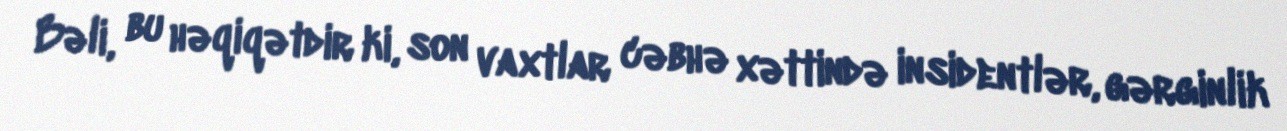
Bəli, bu həqiqətdir ki, son vaxtlar cəbhə xəttində insidentlər, gərginlik